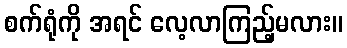
စက်ရုံကို အရင် လေ့လာကြည့်မလား။